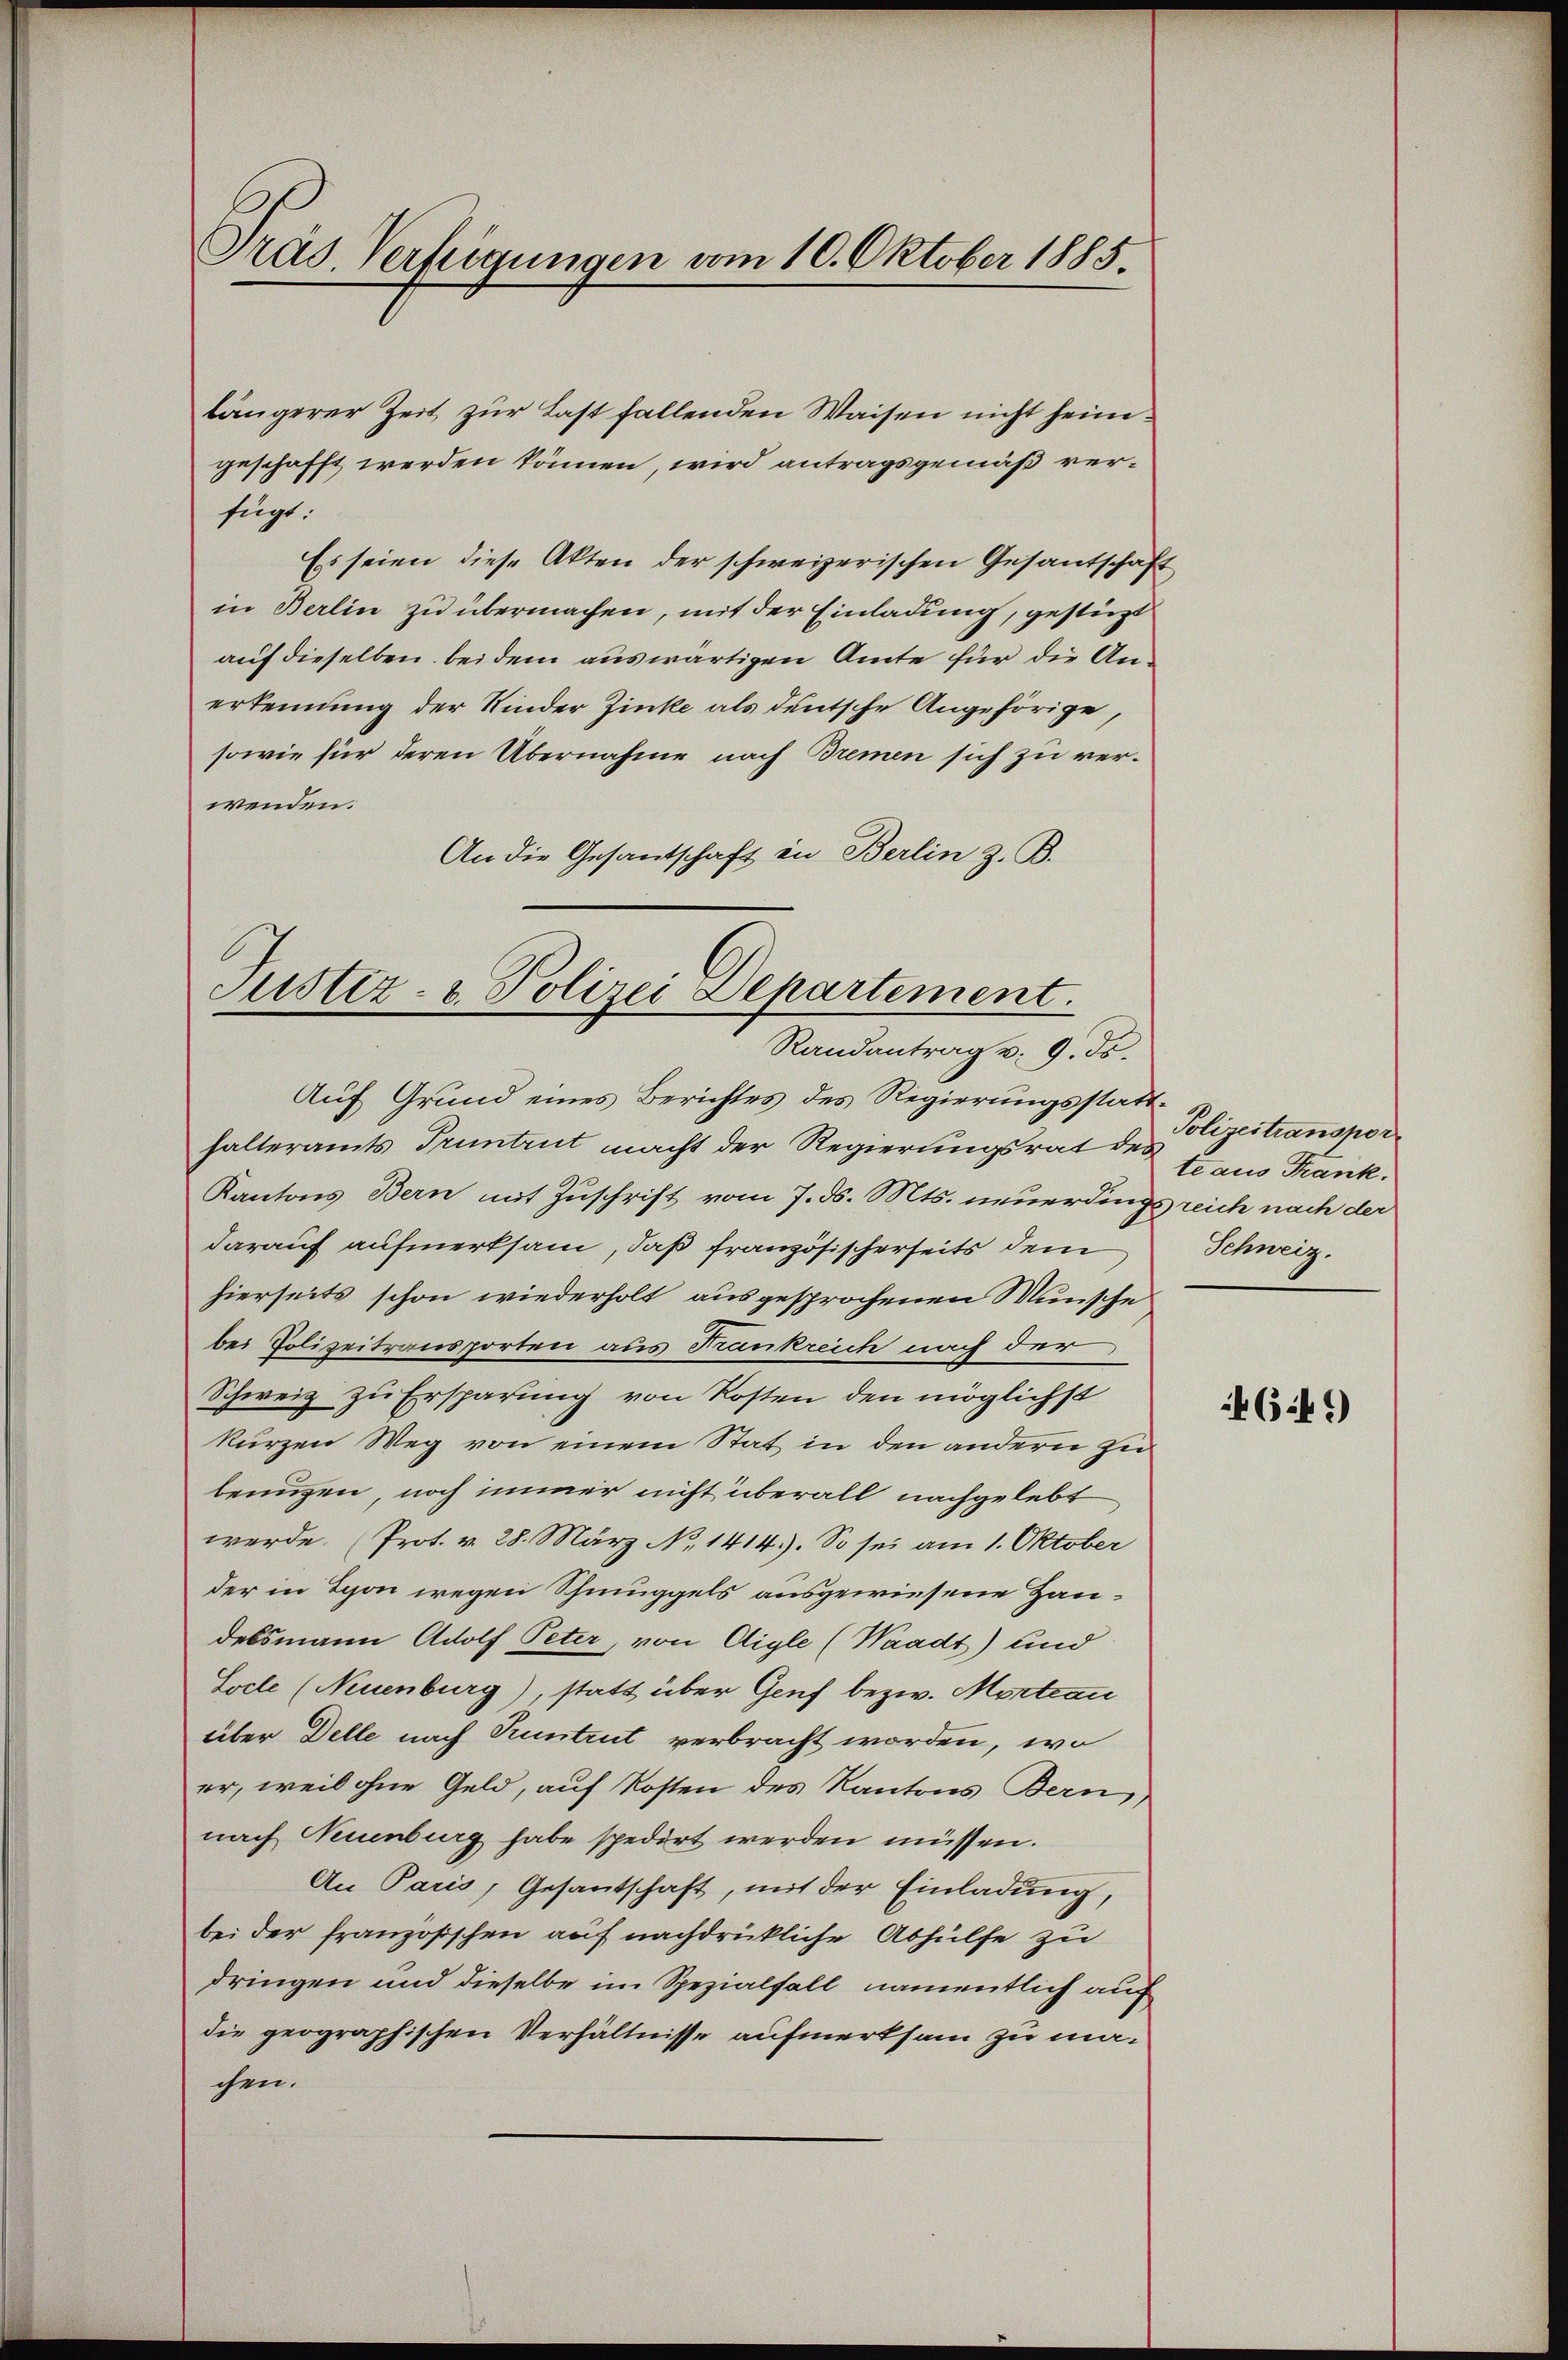
längerer Zeit zur Last fallenden Waisen nicht heimgeschafft werden können, wird antragsgemäß verfügt:
Es seien diese Akten der schweizerischen Gesantschaft
in Berlin zu übermachen, mit der Einladung, gestüzt
auf dieselben bei dem auswärtigen Amte für die Anerkennung der Kinder Zinke als deutsche Angehörige,
sowie für deren Übernahme nach Bremen sich zu verwenden.
An die Gesantschaft in Berlin z. B.

Präs. Verfügungen vom 10. Oktober 1885.

Justiz- & Polizei Departement.
Randantrag v. 9. ds.

Auf Grund eines Berichtes des Regierungsstatthalteramts Truntrut macht der Regierungsrat des
Kantons Bern mit Zuschrift vom 7. ds. Mts. neuerdings reich nach der
darauf aufmerksam, daß französischerseits dem
hierseits schon wiederholt ausgesprochenen Wünsche
bei Polizeitransporten aus Frankreich nach der
Schweiz zu Ersparung von Kosten den möglichst
kurzen Weg von einem Stat in den andern zu
benügen, noch immer nicht überall nachgelebt
werde. (Prot. v. 28. März No 1414). So sei am 1. Oktober
der in Lyon wegen Schmuggels ausgewiesene Haudelsmann Adolf Peter, von Aigle (Waadt) und
Socle (Neuenburg), statt über Genf bezw. Mortrau
über Delle nach Pruntrut verbracht worden, wo
er, weil ohne Geld, auf Kosten des Kantons Bern,
nach Neuenburg habe spedirt werden müssen.
An Paris, Gesantschaft, mit der Einladung,
bei der französischen auf nachdrückliche Abhülfe zu
dringen und dieselbe im Spezialfall, namentlich auf
die geographischen Verhältnisse aufmerksam zu machen.

Polizeitranspor
te aus Frank.
Schweiz.

4649